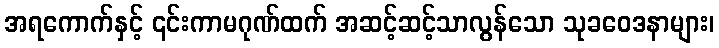
အရကောက်နှင့် ၎င်းကာမဂုဏ်ထက် အဆင့်ဆင့်သာလွန်သော သုခဝေဒနာများ၊